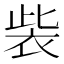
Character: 𧙁